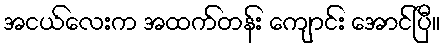
အငယ်လေးက အထက်တန်း ကျောင်း အောင်ပြီ။